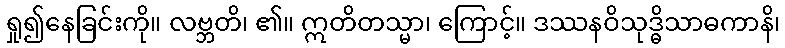
ရှု၍နေခြင်းကို။ လဗ္ဘတိ၊ ၏။ ဣတိတသ္မာ၊ ကြောင့်။ ဒဿနဝိသုဒ္ဓိသာဓကာနိ၊